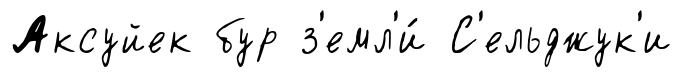
Аксуйек бур з'емл'и́ С'ельджук'и